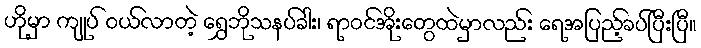
ဟိုမှာ ကျုပ် ဝယ်လာတဲ့ ရွှေဘိုသနပ်ခါး၊ ရာဝင်အိုးတွေထဲမှာလည်း ရေအပြည့်ခပ်ပြီးပြီ။